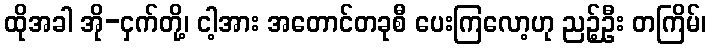
ထိုအခါ အို-ငှက်တို့၊ ငါ့အား အတောင်တခုစီ ပေးကြလော့ဟု ညဉ့်ဦး တကြိမ်၊